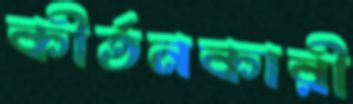
কীর্তনকারী